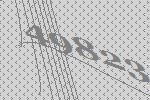
49823